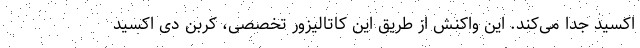
اکسید جدا می‌کند. این واکنش از طریق این کاتالیزور تخصصی، کربن دی اکسید